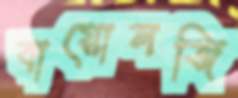
বায়োলজি